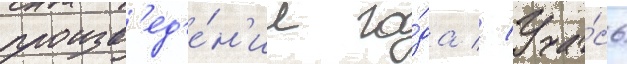
произв'ед'е́н'ие го́да // Уча́сь